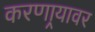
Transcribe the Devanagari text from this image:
करणार्‍यावर